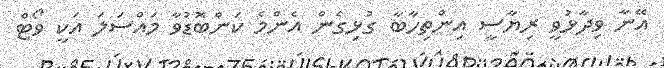
އޭނާ ވިދާޅުވީ ރިޔާސީ އިންތިހާބާ ގުޅިގެން އެންމެ ކަންބޮޑުވާ މައްސަލަ އަކީ ވޯޓް